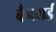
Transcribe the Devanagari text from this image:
बैन्ज़ाई